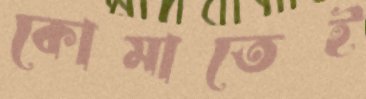
কোমাতেই